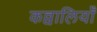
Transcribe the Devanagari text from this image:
कव्वालियाँ